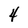
Character: 4